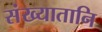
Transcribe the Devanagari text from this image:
संख्यातानि